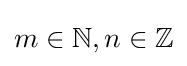
m\in \mathbb {N} ,n\in \mathbb {Z}